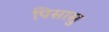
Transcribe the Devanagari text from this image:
पिसासु